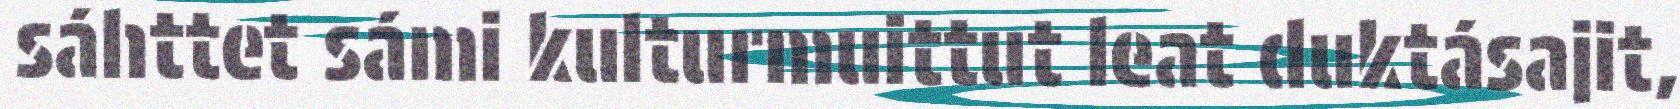
sáhttet sámi kulturmuittut leat duktásajit,